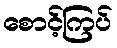
စောင့်ကြပ်